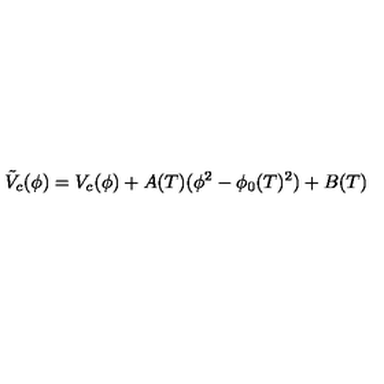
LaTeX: \tilde { V } _ { c } ( \phi ) = V _ { c } ( \phi ) + A ( T ) ( \phi ^ { 2 } - \phi _ { 0 } ( T ) ^ { 2 } ) + B ( T )